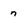
Character: n